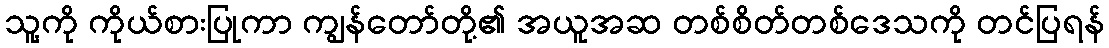
သူ့ကို ကိုယ်စားပြုကာ ကျွန်တော်တို့၏ အယူအဆ တစ်စိတ်တစ်ဒေသကို တင်ပြရန်